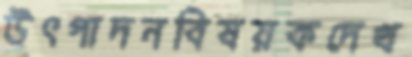
উৎপাদনবিষয়কদেখ